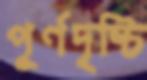
পূর্ণদৃষ্টি